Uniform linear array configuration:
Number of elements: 12
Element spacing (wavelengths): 0.25
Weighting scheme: exponential
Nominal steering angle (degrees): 60
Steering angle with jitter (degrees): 61.897
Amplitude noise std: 0.05
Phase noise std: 0.05

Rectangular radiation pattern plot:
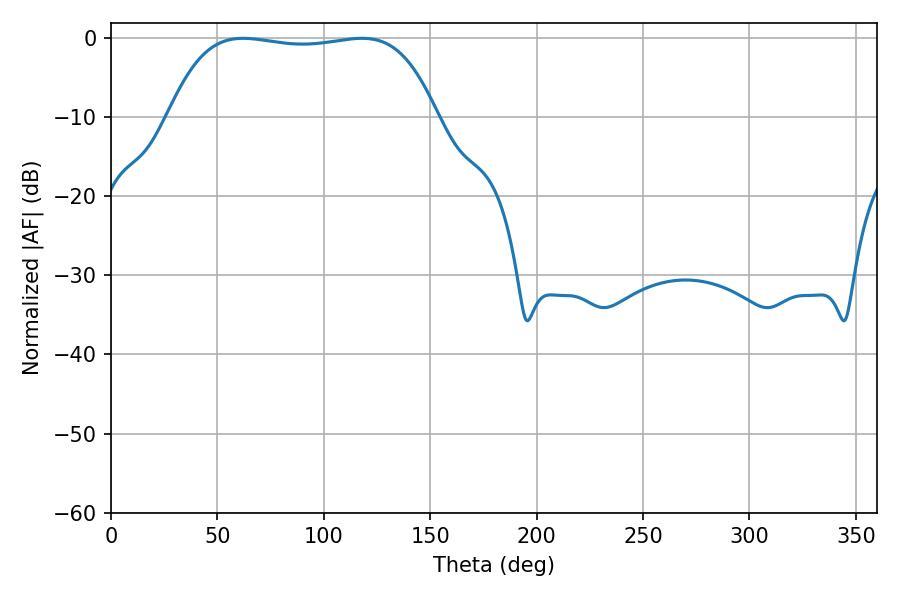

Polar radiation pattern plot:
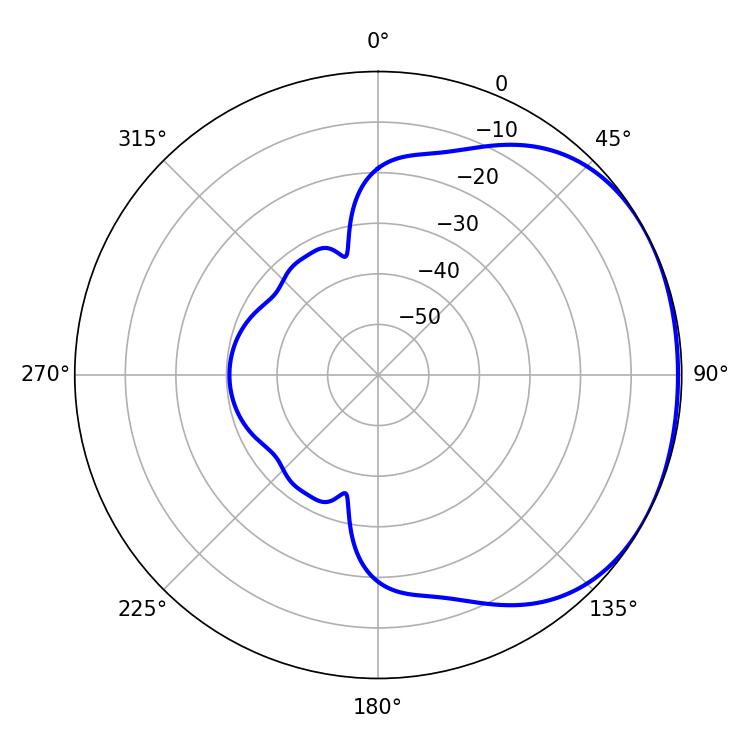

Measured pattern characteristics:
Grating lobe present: FALSE
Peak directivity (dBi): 1.424
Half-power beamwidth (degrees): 99.36
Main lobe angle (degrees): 62.1